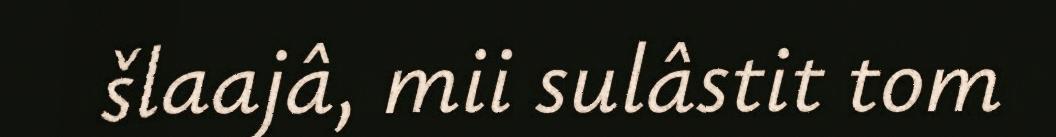
šlaajâ, mii sulâstit tom